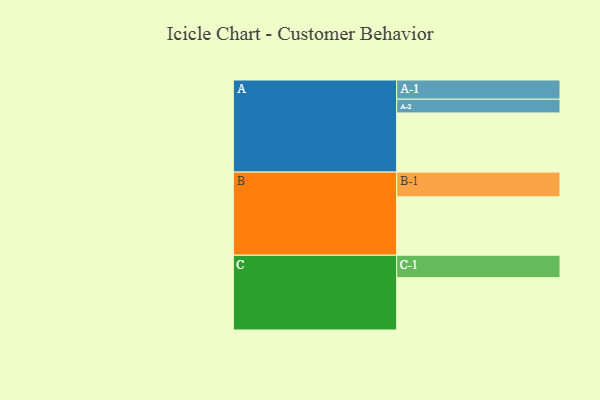
{"axis": {"x": "Segment", "y": "Value"}, "legend": ["", "A", "B", "C"], "data": [{"x": "A", "y": 549, "type": ""}, {"x": "B", "y": 542, "type": ""}, {"x": "C", "y": 486, "type": ""}, {"x": "A-1", "y": 178, "type": "A"}, {"x": "A-2", "y": 128, "type": "A"}, {"x": "B-1", "y": 230, "type": "B"}, {"x": "C-1", "y": 208, "type": "C"}]}